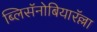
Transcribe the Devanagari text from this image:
ब्लिसॅनोबियारॅल्ला